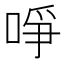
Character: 𠲜